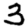
Digit: 3